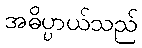
အဓိပ္ပာယ်သည်